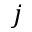
j